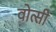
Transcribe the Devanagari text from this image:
वोत्सी